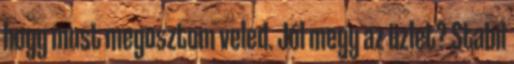
hogy most megosztom veled. Jól megy az üzlet? Stabil